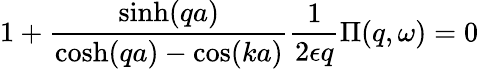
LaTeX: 1+\frac{\sinh(qa)}{\cosh(qa)-\cos(ka)}\frac{1}{2\epsilon q}\Pi(q,\omega)=0